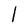
Character: 1